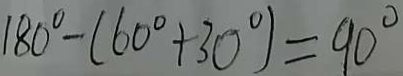
1 8 0 ^ { \circ } - ( 6 0 ^ { \circ } + 3 0 ^ { \circ } ) = 9 0 ^ { \circ }